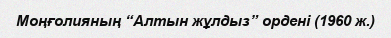
Моңғолияның “Алтын жұлдыз” ордені (1960 ж.)